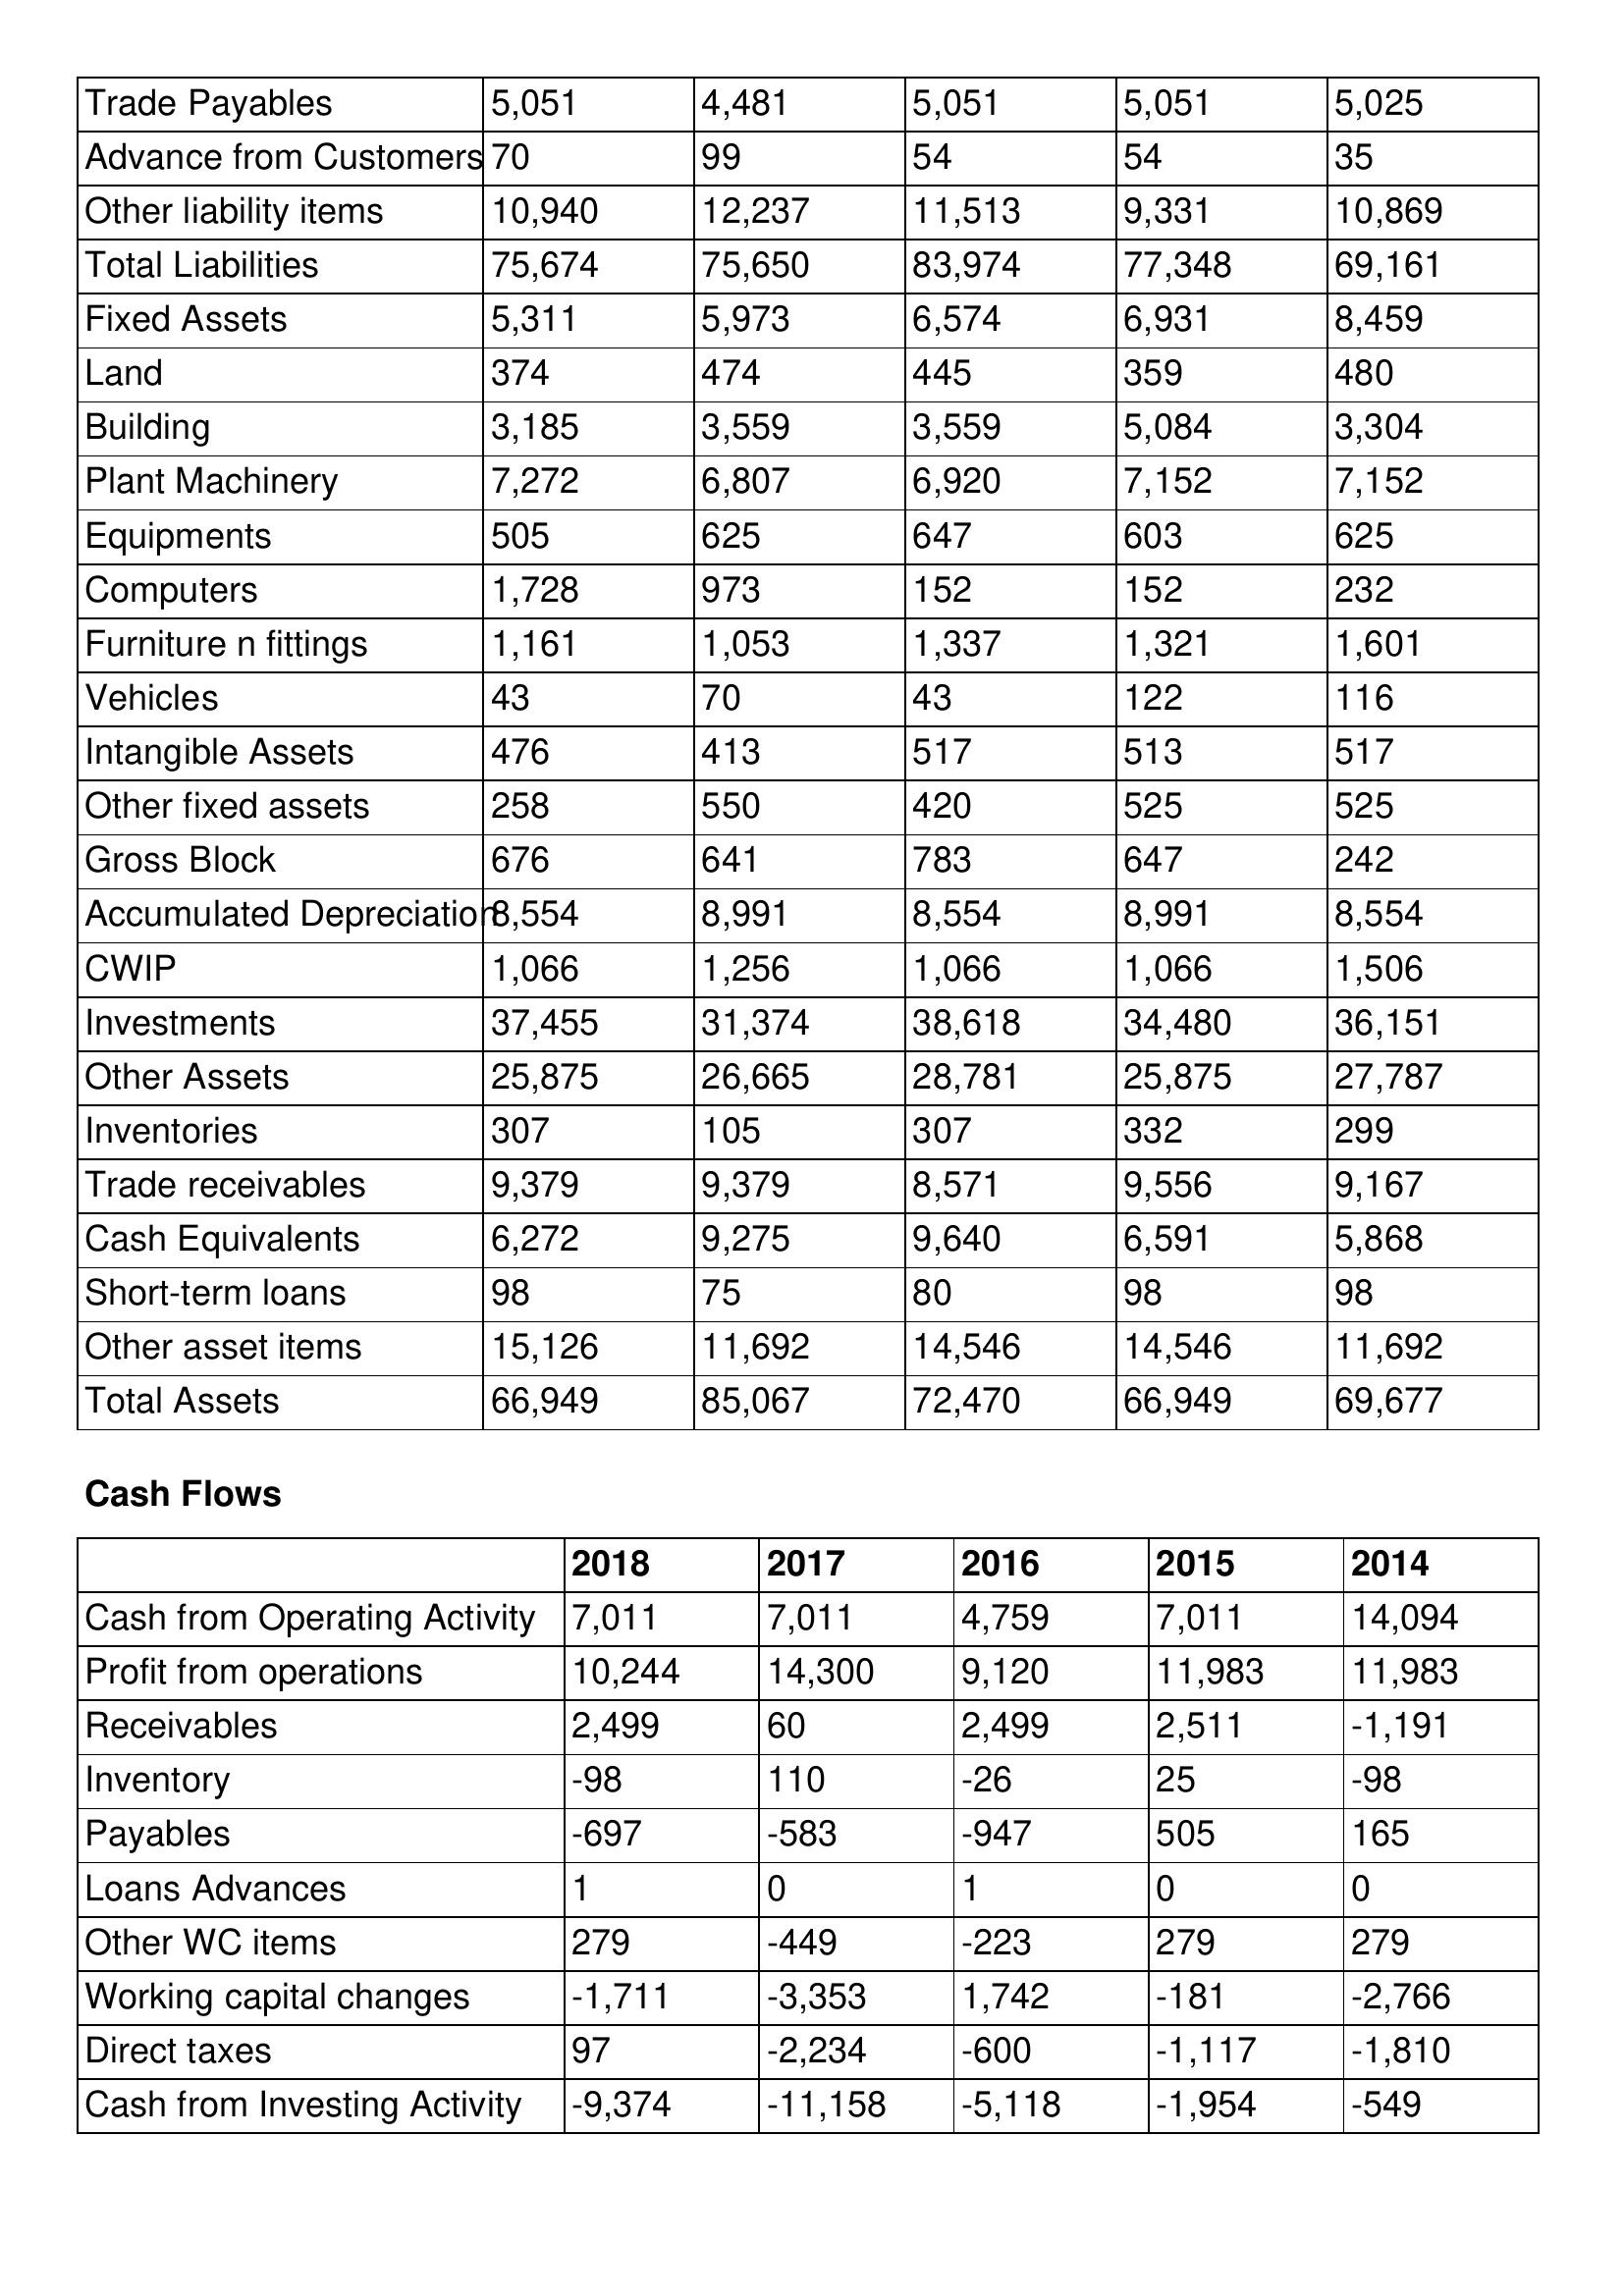
gt_parse: 2018: Balance Sheet: Trade Payables: 5,051
Advance from Customers: 70
Other liability items: 10,940
Total Liabilities: 75,674
Fixed Assets: 5,311
Land: 374
Building: 3,185
Plant Machinery: 7,272
Equipments: 505
Computers: 1,728
Furniture n fittings: 1,161
Vehicles: 43
Intangible Assets: 476
Other fixed assets: 258
Gross Block: 676
Accumulated Depreciation: 8,554
CWIP: 1,066
Investments: 37,455
Other Assets: 25,875
Inventories: 307
Trade receivables: 9,379
Cash Equivalents: 6,272
Short-term loans: 98
Other asset items: 15,126
Total Assets: 66,949
Cash Flows: Cash from Operating Activity: 7,011
Profit from operations: 10,244
Receivables: 2,499
Inventory: -98
Payables: -697
Loans Advances: 1
Other WC items: 279
Working capital changes: -1,711
Direct taxes: 97
Cash from Investing Activity: -9,374
2017: Balance Sheet: Trade Payables: 4,481
Advance from Customers: 99
Other liability items: 12,237
Total Liabilities: 75,650
Fixed Assets: 5,973
Land: 474
Building: 3,559
Plant Machinery: 6,807
Equipments: 625
Computers: 973
Furniture n fittings: 1,053
Vehicles: 70
Intangible Assets: 413
Other fixed assets: 550
Gross Block: 641
Accumulated Depreciation: 8,991
CWIP: 1,256
Investments: 31,374
Other Assets: 26,665
Inventories: 105
Trade receivables: 9,379
Cash Equivalents: 9,275
Short-term loans: 75
Other asset items: 11,692
Total Assets: 85,067
Cash Flows: Cash from Operating Activity: 7,011
Profit from operations: 14,300
Receivables: 60
Inventory: 110
Payables: -583
Loans Advances: 0
Other WC items: -449
Working capital changes: -3,353
Direct taxes: -2,234
Cash from Investing Activity: -11,158
2016: Balance Sheet: Trade Payables: 5,051
Advance from Customers: 54
Other liability items: 11,513
Total Liabilities: 83,974
Fixed Assets: 6,574
Land: 445
Building: 3,559
Plant Machinery: 6,920
Equipments: 647
Computers: 152
Furniture n fittings: 1,337
Vehicles: 43
Intangible Assets: 517
Other fixed assets: 420
Gross Block: 783
Accumulated Depreciation: 8,554
CWIP: 1,066
Investments: 38,618
Other Assets: 28,781
Inventories: 307
Trade receivables: 8,571
Cash Equivalents: 9,640
Short-term loans: 80
Other asset items: 14,546
Total Assets: 72,470
Cash Flows: Cash from Operating Activity: 4,759
Profit from operations: 9,120
Receivables: 2,499
Inventory: -26
Payables: -947
Loans Advances: 1
Other WC items: -223
Working capital changes: 1,742
Direct taxes: -600
Cash from Investing Activity: -5,118
2015: Balance Sheet: Trade Payables: 5,051
Advance from Customers: 54
Other liability items: 9,331
Total Liabilities: 77,348
Fixed Assets: 6,931
Land: 359
Building: 5,084
Plant Machinery: 7,152
Equipments: 603
Computers: 152
Furniture n fittings: 1,321
Vehicles: 122
Intangible Assets: 513
Other fixed assets: 525
Gross Block: 647
Accumulated Depreciation: 8,991
CWIP: 1,066
Investments: 34,480
Other Assets: 25,875
Inventories: 332
Trade receivables: 9,556
Cash Equivalents: 6,591
Short-term loans: 98
Other asset items: 14,546
Total Assets: 66,949
Cash Flows: Cash from Operating Activity: 7,011
Profit from operations: 11,983
Receivables: 2,511
Inventory: 25
Payables: 505
Loans Advances: 0
Other WC items: 279
Working capital changes: -181
Direct taxes: -1,117
Cash from Investing Activity: -1,954
2014: Balance Sheet: Trade Payables: 5,025
Advance from Customers: 35
Other liability items: 10,869
Total Liabilities: 69,161
Fixed Assets: 8,459
Land: 480
Building: 3,304
Plant Machinery: 7,152
Equipments: 625
Computers: 232
Furniture n fittings: 1,601
Vehicles: 116
Intangible Assets: 517
Other fixed assets: 525
Gross Block: 242
Accumulated Depreciation: 8,554
CWIP: 1,506
Investments: 36,151
Other Assets: 27,787
Inventories: 299
Trade receivables: 9,167
Cash Equivalents: 5,868
Short-term loans: 98
Other asset items: 11,692
Total Assets: 69,677
Cash Flows: Cash from Operating Activity: 14,094
Profit from operations: 11,983
Receivables: -1,191
Inventory: -98
Payables: 165
Loans Advances: 0
Other WC items: 279
Working capital changes: -2,766
Direct taxes: -1,810
Cash from Investing Activity: -549